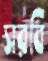
সরবি